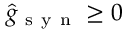
\hat { g } _ { \mathrm { ~ s ~ y ~ n ~ } } \ge 0